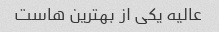
عالیه یکی از بهترین هاست